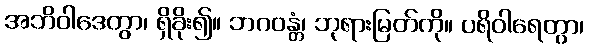
အဘိဝါဒေတွာ၊ ရှိခိုး၍။ ဘဂဝန္တံ၊ ဘုရားမြတ်ကို။ ပရိဝါရေတွာ၊